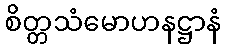
စိတ္တသံမောဟနဋ္ဌာနံ